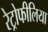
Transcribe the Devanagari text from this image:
रेट्रोफीलिया